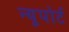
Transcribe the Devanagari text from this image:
न्‍यूपोर्ट